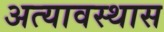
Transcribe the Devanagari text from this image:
अत्यावस्थास